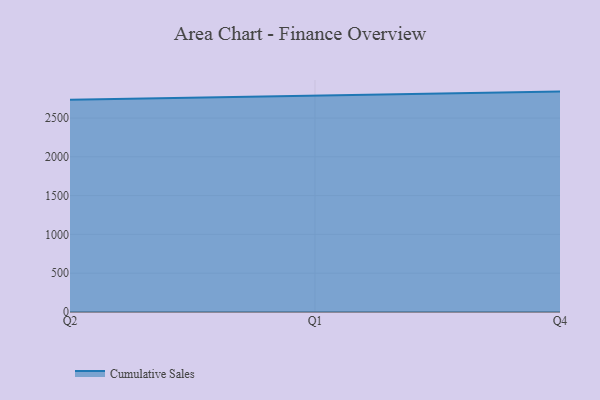
{"axis": {"x": "Quarter", "y": "Energy Usage (MWh)"}, "legend": ["Cumulative Sales"], "data": [{"x": "Q2", "y": 2734.2, "type": "Cumulative Sales"}, {"x": "Q1", "y": 2782.9, "type": "Cumulative Sales"}, {"x": "Q4", "y": 2840.5, "type": "Cumulative Sales"}]}